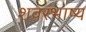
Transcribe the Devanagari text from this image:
शवरभाष्य